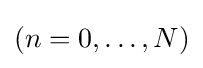
(n=0,\dots ,N)